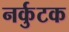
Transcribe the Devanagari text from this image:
नर्कुटक